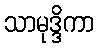
သာမုဒ္ဒိကာ